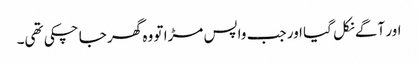
اور آگے نکل گیا اور جب واپس مڑا تو وہ گھر جا چکی تھی۔